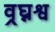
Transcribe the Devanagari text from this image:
व्रघ्नश्व